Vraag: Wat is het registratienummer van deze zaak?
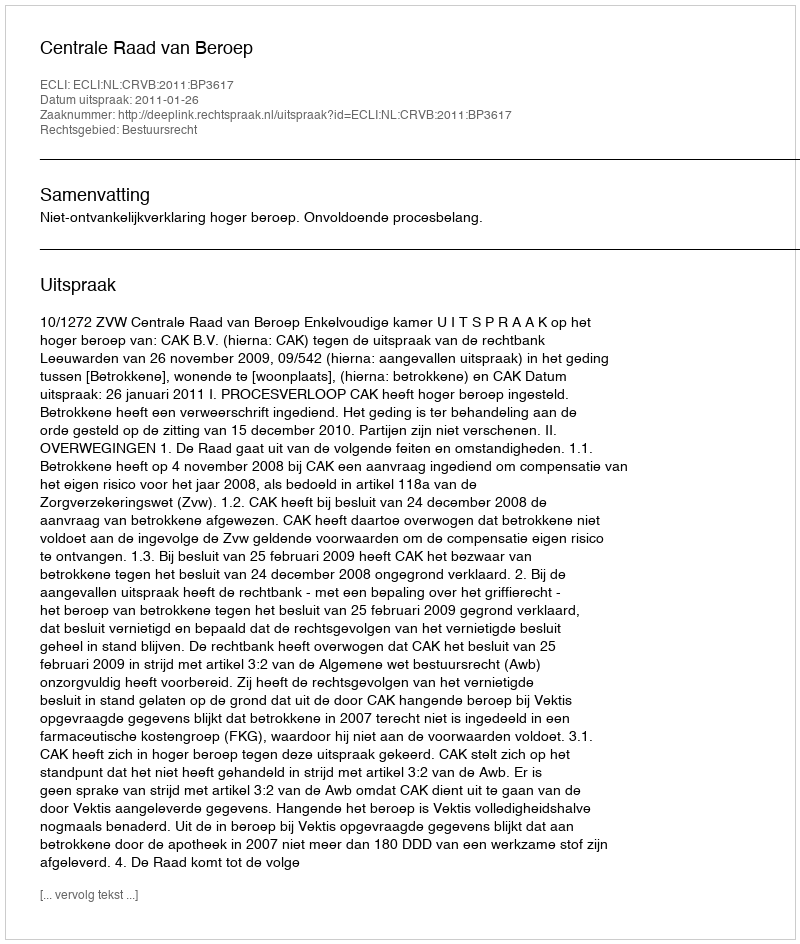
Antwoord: http://deeplink.rechtspraak.nl/uitspraak?id=ECLI:NL:CRVB:2011:BP3617